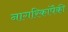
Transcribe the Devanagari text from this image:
नागरिकांपैकी